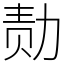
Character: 𪟝